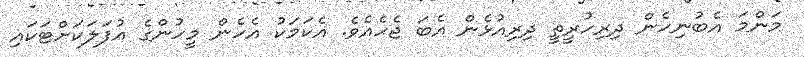
މަންމަ އެބުނިހެން ދިރިހުރީތީ ދިރިއުޅެން އެބަ ޖެހެއެވެ. އެކަމަކު އެހެން މީހުންގެ އުފަލަކަށްޓަކައި